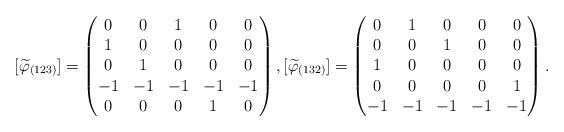
LaTeX: \begin{align*}[\widetilde{\varphi}_{(123)}]=\begin{pmatrix}0 & 0 & 1 & 0 & 0 \\1 & 0 & 0 & 0 & 0 \\0 & 1 & 0 & 0 & 0 \\-1 & -1 & -1 & -1 & -1 \\0 & 0 & 0 & 1 & 0 \end{pmatrix}, [\widetilde{\varphi}_{(132)}]=\begin{pmatrix}0 & 1 & 0 & 0 & 0 \\0 & 0 & 1 & 0 & 0 \\1 & 0 & 0 & 0 & 0 \\0 & 0 & 0 & 0 & 1 \\-1 & -1 & -1 & -1 & -1 \end{pmatrix}.\end{align*}